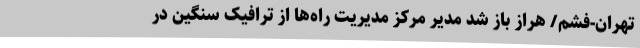
تهران-فشم/ هراز باز شد مدیر مرکز مدیریت راه‌ها از ترافیک سنگین در